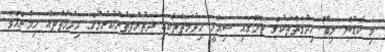
މި ކާޑުން ލިބޭ ހިދުމަތްތަކުގެ ތެރޭގައި ސިއްހީ ހިދުމަތްތަކާއި ދަތުރުފަތުރުކުރުމުގެ ހިދުމަތްތައް ހިމެނެއެވެ.